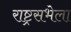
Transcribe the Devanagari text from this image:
राष्ट्रसभेला